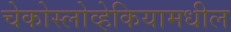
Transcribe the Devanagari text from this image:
चेकोस्लोव्हेकियामधील